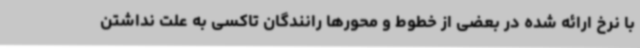
با نرخ ارائه شده در بعضی از خطوط و محورها رانندگان تاکسی به علت نداشتن